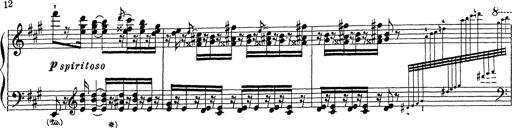
Title: Ballade No.1
Composer: Richard St. Clair